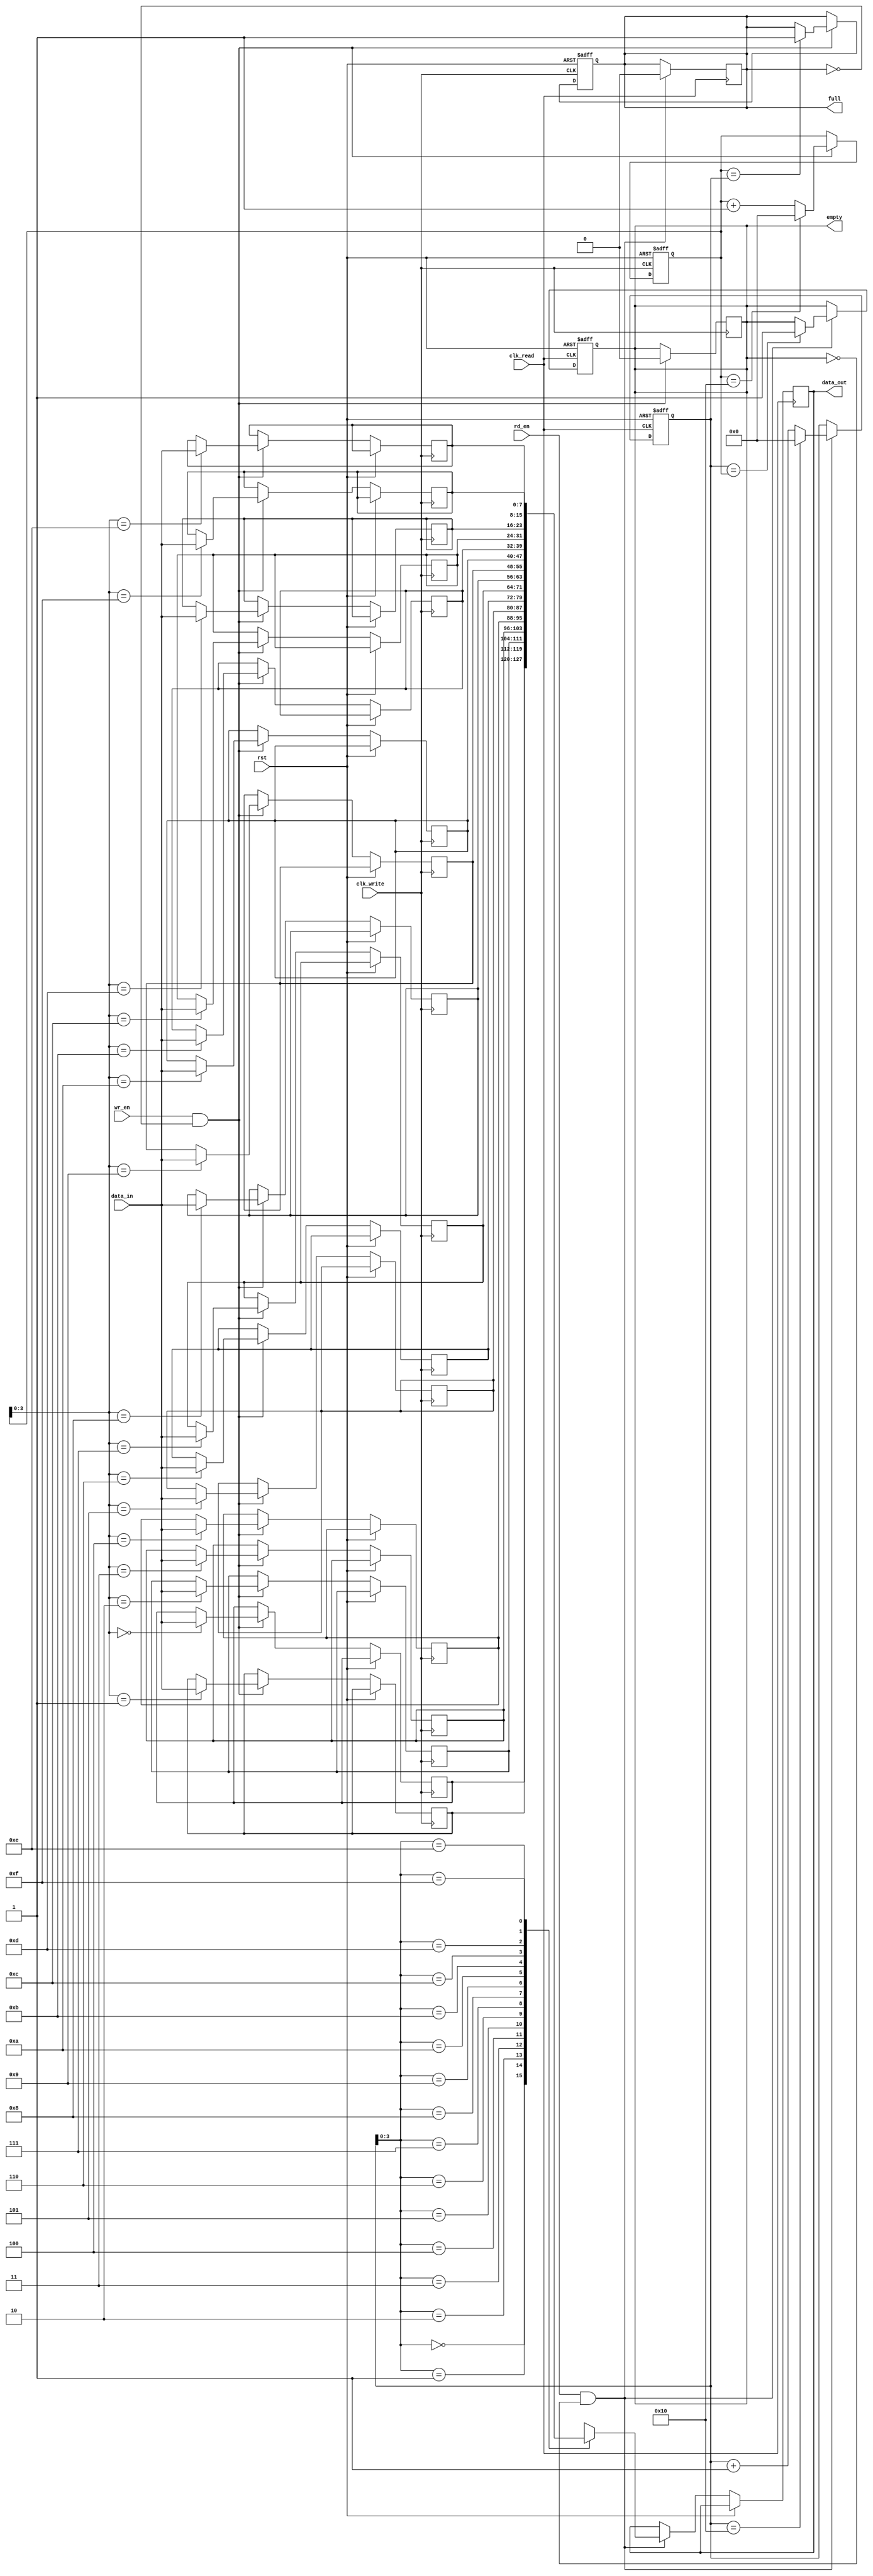
module asynchronous_fifo (
    input wire clk_write,
    input wire clk_read,
    input wire rst,
    input wire wr_en,
    input wire rd_en,
    input wire [DATA_WIDTH-1:0] data_in,
    output reg [DATA_WIDTH-1:0] data_out,
    output reg full,
    output reg empty
);

parameter DEPTH = 16; // Depth of the FIFO buffer
parameter DATA_WIDTH = 8; // Width of data bus

reg [DATA_WIDTH-1:0] fifo [DEPTH-1:0];
reg [4:0] write_ptr, read_ptr;

// Write operation
always @(posedge clk_write or posedge rst) begin
    if (rst) begin
        write_ptr <= 0;
        full <= 0;
    end else if (wr_en && !full) begin
        fifo[write_ptr] <= data_in;
        write_ptr <= write_ptr + 1;
        if (write_ptr == DEPTH)
            write_ptr <= 0;
        if (write_ptr == read_ptr)
            full <= 1;
    end
end

// Read operation
always @(posedge clk_read or posedge rst) begin
    if (rst) begin
        read_ptr <= 0;
        empty <= 1;
    end else if (rd_en && !empty) begin
        data_out <= fifo[read_ptr];
        read_ptr <= read_ptr + 1;
        if (read_ptr == DEPTH)
            read_ptr <= 0;
        if (read_ptr == write_ptr)
            empty <= 1;
    end
end

// Handshaking signals
always @(posedge clk_write) begin
    if (wr_en && !full)
        empty <= 0;
end

always @(posedge clk_read) begin
    if (rd_en && !empty)
        full <= 0;
end

endmodule